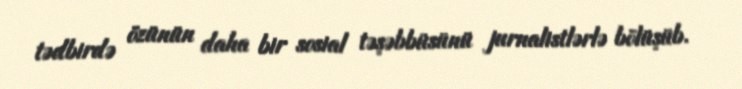
tədbirdə özünün daha bir sosial təşəbbüsünü jurnalistlərlə bölüşüb.